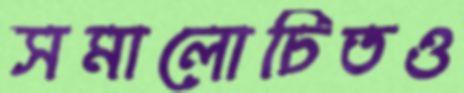
সমালোচিতও